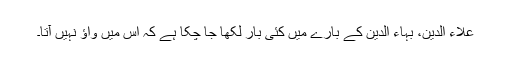
علاء الدین، بہاء الدین کے بارے میں کئی بار لکھا جا چکا ہے کہ اس میں واؤ نہیں آتا۔